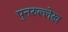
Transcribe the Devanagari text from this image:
पुनरुल्लेख